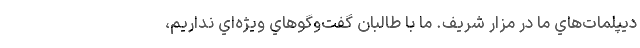
ديپلمات‌هاي ما در مزار شريف. ما با طالبان گفت‌وگوهاي ويژه‌اي نداريم،